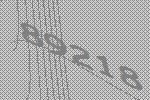
89218